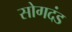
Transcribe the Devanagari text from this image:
सोगदंड